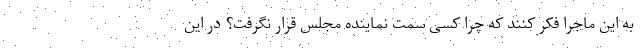
به این ماجرا فکر کنند که چرا کسی سمت نماینده مجلس قرار نگرفت؟ در این